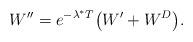
LaTeX: \begin{align*}W''=e^{-\lambda^* T}\big(W'+W^D\big).\end{align*}